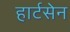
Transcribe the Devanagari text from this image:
हार्टसेन